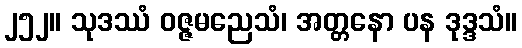
၂၅၂။ သုဒဿံ ဝဇ္ဇမညေသံ၊ အတ္တနော ပန ဒုဒ္ဒသံ။